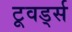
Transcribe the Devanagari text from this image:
टूवर्ड्स